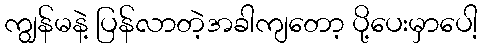
ကျွန်မနဲ့ ပြန်လာတဲ့အခါကျတော့ ပို့ပေးမှာပေါ့